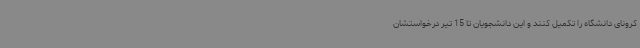
کرونای دانشگاه را تکمیل کنند و این دانشجویان تا 15 تیر درخواستشان